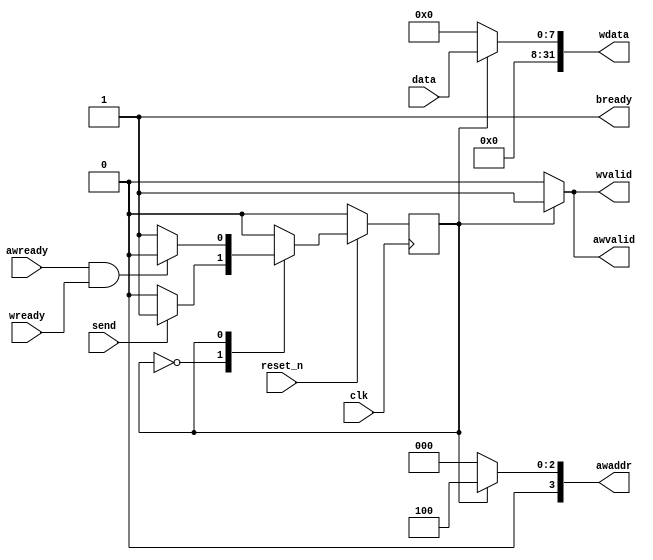
module ctrl_tx(
      input wire clk,
      input wire reset_n,
      input wire [7:0] data,
      input wire       send,
      /*Address channel*/
      output wire [3:0] awaddr, 
      output wire       awvalid,
      input wire        awready,
      /*Data channel*/
      output wire [31:0] wdata,
      output wire        wvalid,
      input wire    wready,
      /*Response*/
      output wire bready
);

reg state;
always @(posedge clk)
begin
    if(~reset_n)
        state <= 0;
    else 
        begin
            case(state)
                0:begin
                    if(send)
                        state <= 1;
                end
                1:begin
                    if(awready & wready)
                      state <= 0;  
                end
            endcase
        end  
end

assign awaddr  = ( state ) ? 4'd4 : 4'd0;
assign wdata   = ( state ) ? { 24'd0, data } :32'd0;
assign awvalid = ( state ) ? 1'b1 : 1'b0;
assign wvalid  = ( state ) ? 1'b1 : 1'b0;
assign bready  = 1'b1;
endmodule